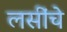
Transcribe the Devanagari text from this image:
लसींचे